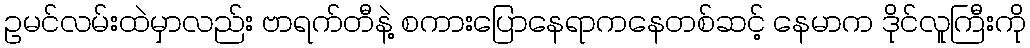
ဥမင်လမ်းထဲမှာလည်း ဗာရက်တီနဲ့ စကားပြောနေရာကနေတစ်ဆင့် နေမာက ဒိုင်လူကြီးကို